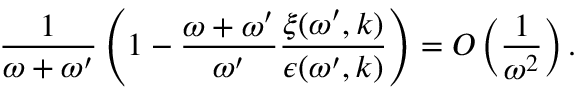
\frac { 1 } { \omega + \omega ^ { \prime } } \left( 1 - \frac { \omega + \omega ^ { \prime } } { \omega ^ { \prime } } \frac { \xi ( \omega ^ { \prime } , \boldsymbol { k } ) } { \epsilon ( \omega ^ { \prime } , \boldsymbol { k } ) } \right) = O \left( \frac { 1 } { \omega ^ { 2 } } \right) .